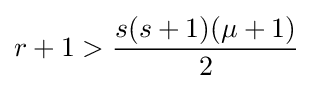
r+1>{\frac {s(s+1)(\mu +1)}{2}}